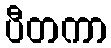
ပီတကာ